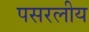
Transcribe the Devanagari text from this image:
पसरलीय